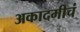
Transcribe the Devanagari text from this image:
अकादमीचं